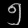
Digit: ၅